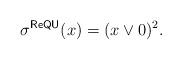
LaTeX: \begin{align*}\sigma^{\mathsf{ReQU}}(x) = (x \vee 0)^2.\end{align*}